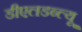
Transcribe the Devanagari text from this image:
डीएलडब्ल्यू